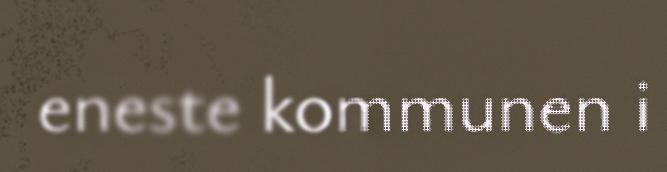
eneste kommunen i